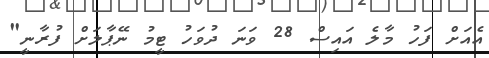
އެއަށް ފަހު މާލެ އައިސް 28 ވަނަ ދުވަހު ޓީމު ނޭޕާލަށް ފުރާނީ"